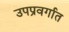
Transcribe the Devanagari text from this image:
उपप्रवर्गात